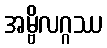
အမ္ဗိလဂ္ဂဿ